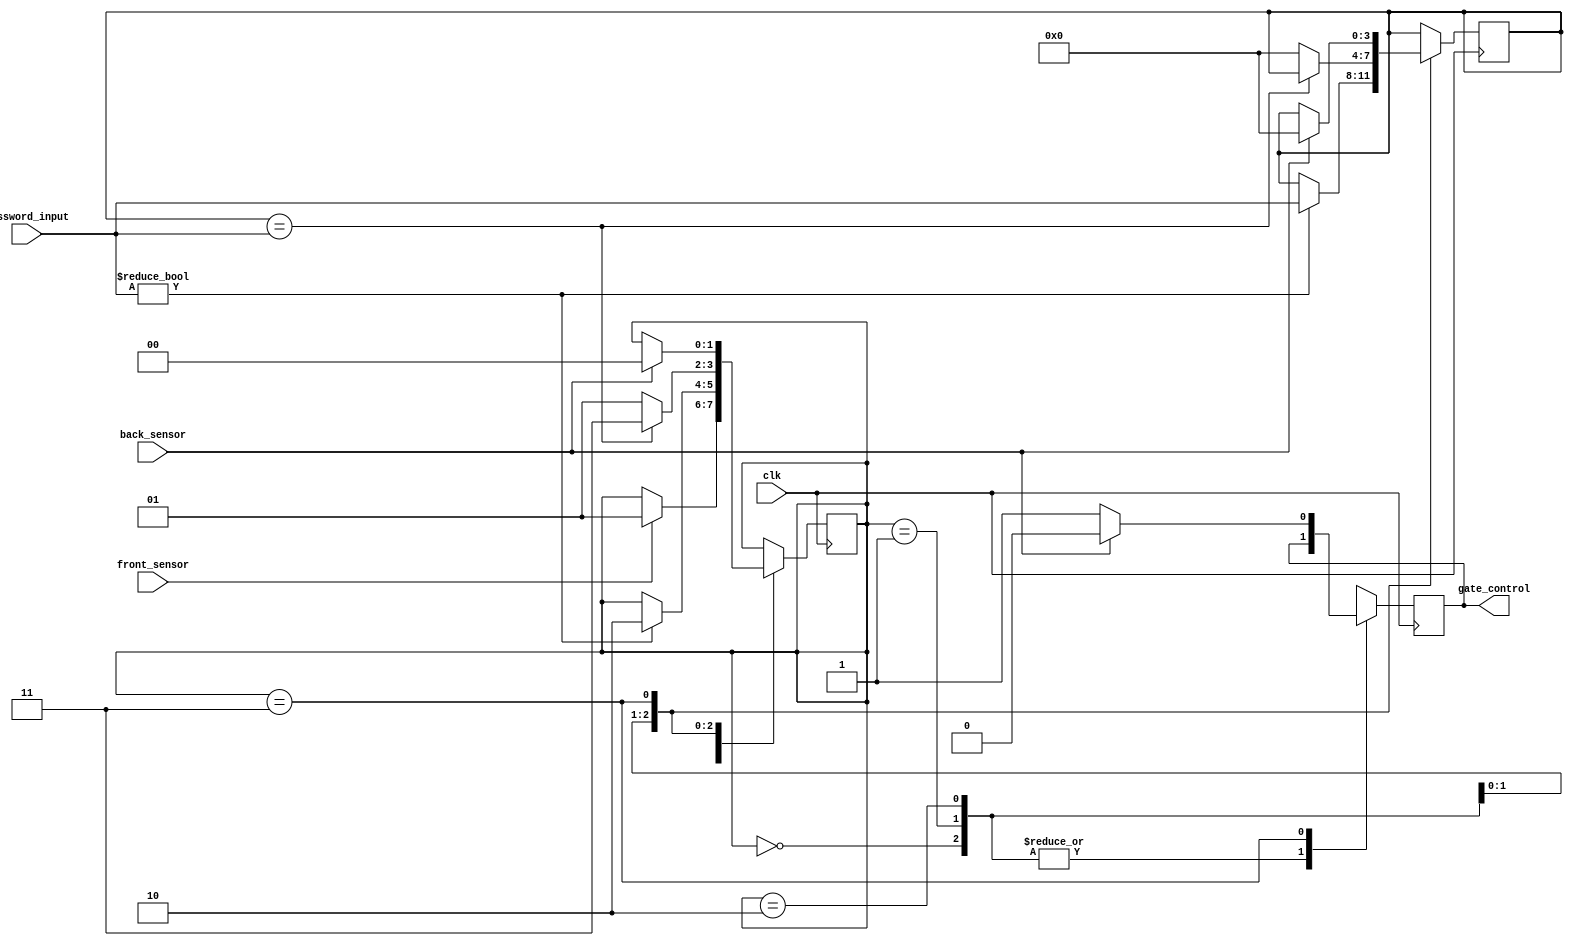
module assign1 (
  input clk,
  input front_sensor,
  input [3:0] password_input,
  input back_sensor,
  output gate_control
);

  // Internal signal for password verification
  reg [3:0] password = 4'b0000;
  
  // Initial state
  reg [1:0] state = 2'b00;
  
  // FSM states
  parameter IDLE = 2'b00;
  parameter ASK_PASSWORD = 2'b01;
  parameter VERIFY_PASSWORD = 2'b10;
  parameter OPEN_GATE = 2'b11;
  
  always @(posedge clk) begin
    case (state)
      IDLE:
        if (front_sensor) begin
          state <= ASK_PASSWORD;
        end
      
      ASK_PASSWORD:
        begin
          if (password_input != 4'b0000) begin
            password <= password_input;
            state <= VERIFY_PASSWORD;
          end
        end
      
      VERIFY_PASSWORD:
        begin
          if (password == password_input) begin
            state <= OPEN_GATE;
          end else begin
            password <= 4'b0000;
            state <= ASK_PASSWORD;
          end
        end
      
      OPEN_GATE:
        begin
          gate_control = 1'b1;
          
          if (back_sensor) begin
            gate_control = 1'b0;
            password <= 4'b0000;
            state <= IDLE;
          end
        end
    endcase
  end
endmodule